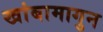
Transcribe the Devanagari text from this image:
खांबामागुन